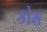
કોમ